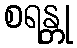
စရန္တု